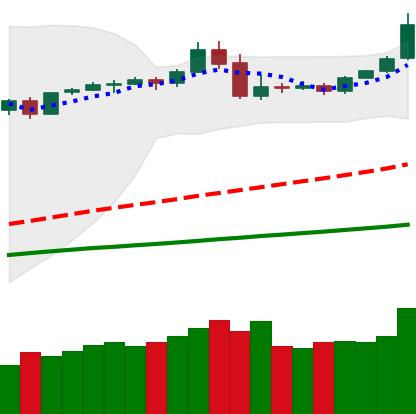
Ticker: BTC-USD
Chart end date: 2019-05-03
Forward return: 3.713%
Label: up_3_5